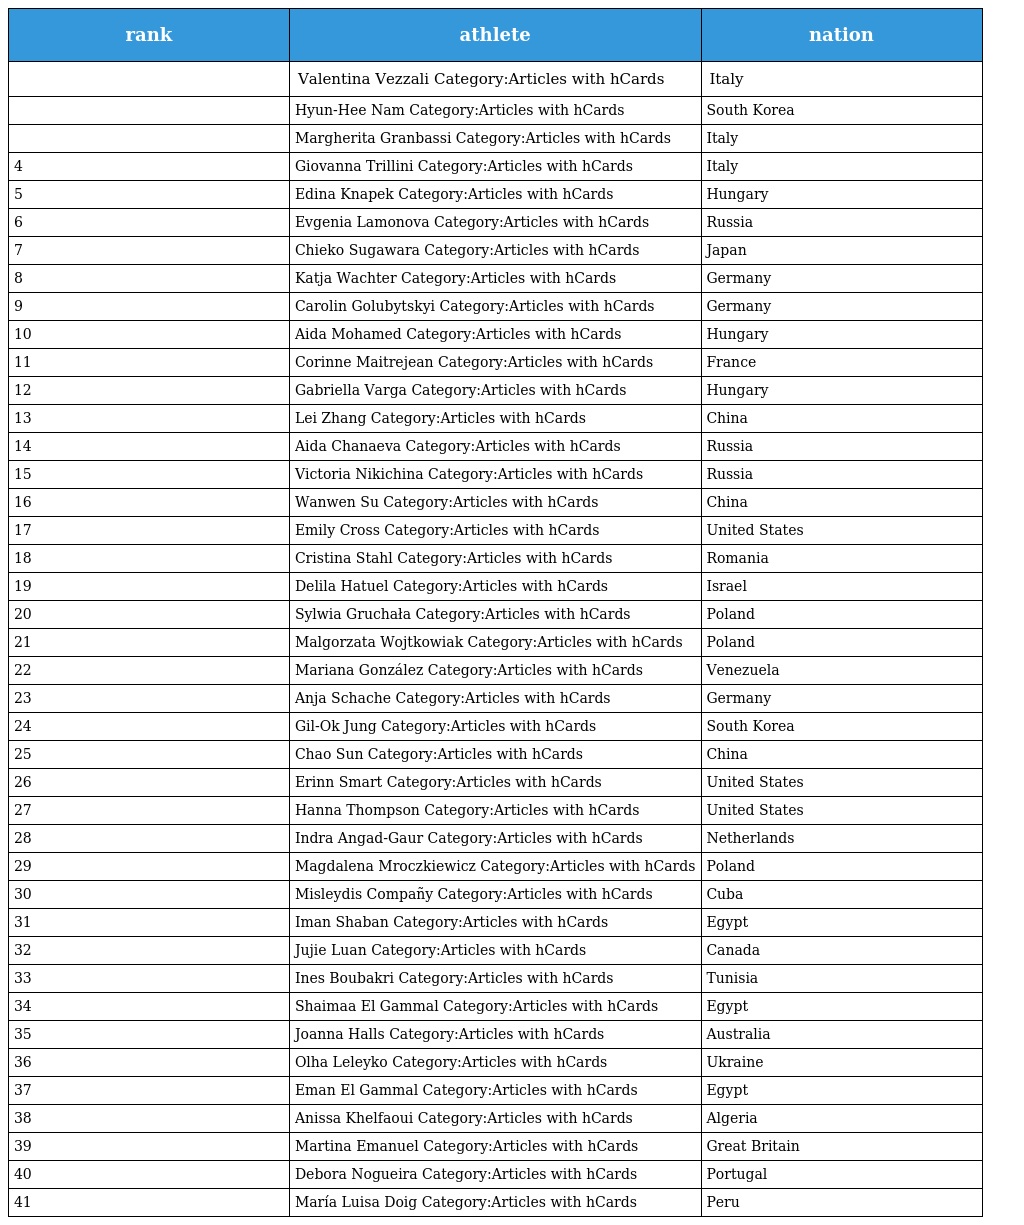
| rank | athlete | nation |
 | --- | --- | --- |
 |  | Valentina Vezzali Category:Articles with hCards | Italy |
 |  | Hyun-Hee Nam Category:Articles with hCards | South Korea |
 |  | Margherita Granbassi Category:Articles with hCards | Italy |
 | 4 | Giovanna Trillini Category:Articles with hCards | Italy |
 | 5 | Edina Knapek Category:Articles with hCards | Hungary |
 | 6 | Evgenia Lamonova Category:Articles with hCards | Russia |
 | 7 | Chieko Sugawara Category:Articles with hCards | Japan |
 | 8 | Katja Wachter Category:Articles with hCards | Germany |
 | 9 | Carolin Golubytskyi Category:Articles with hCards | Germany |
 | 10 | Aida Mohamed Category:Articles with hCards | Hungary |
 | 11 | Corinne Maitrejean Category:Articles with hCards | France |
 | 12 | Gabriella Varga Category:Articles with hCards | Hungary |
 | 13 | Lei Zhang Category:Articles with hCards | China |
 | 14 | Aida Chanaeva Category:Articles with hCards | Russia |
 | 15 | Victoria Nikichina Category:Articles with hCards | Russia |
 | 16 | Wanwen Su Category:Articles with hCards | China |
 | 17 | Emily Cross Category:Articles with hCards | United States |
 | 18 | Cristina Stahl Category:Articles with hCards | Romania |
 | 19 | Delila Hatuel Category:Articles with hCards | Israel |
 | 20 | Sylwia Gruchała Category:Articles with hCards | Poland |
 | 21 | Malgorzata Wojtkowiak Category:Articles with hCards | Poland |
 | 22 | Mariana González Category:Articles with hCards | Venezuela |
 | 23 | Anja Schache Category:Articles with hCards | Germany |
 | 24 | Gil-Ok Jung Category:Articles with hCards | South Korea |
 | 25 | Chao Sun Category:Articles with hCards | China |
 | 26 | Erinn Smart Category:Articles with hCards | United States |
 | 27 | Hanna Thompson Category:Articles with hCards | United States |
 | 28 | Indra Angad-Gaur Category:Articles with hCards | Netherlands |
 | 29 | Magdalena Mroczkiewicz Category:Articles with hCards | Poland |
 | 30 | Misleydis Compañy Category:Articles with hCards | Cuba |
 | 31 | Iman Shaban Category:Articles with hCards | Egypt |
 | 32 | Jujie Luan Category:Articles with hCards | Canada |
 | 33 | Ines Boubakri Category:Articles with hCards | Tunisia |
 | 34 | Shaimaa El Gammal Category:Articles with hCards | Egypt |
 | 35 | Joanna Halls Category:Articles with hCards | Australia |
 | 36 | Olha Leleyko Category:Articles with hCards | Ukraine |
 | 37 | Eman El Gammal Category:Articles with hCards | Egypt |
 | 38 | Anissa Khelfaoui Category:Articles with hCards | Algeria |
 | 39 | Martina Emanuel Category:Articles with hCards | Great Britain |
 | 40 | Debora Nogueira Category:Articles with hCards | Portugal |
 | 41 | María Luisa Doig Category:Articles with hCards | Peru |